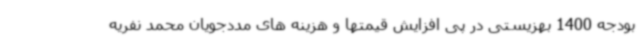
بودجه 1400 بهزیستی در پی افزایش قیمتها و هزینه های مددجویان محمد نفریه